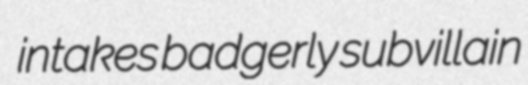
intakes badgerly subvillain